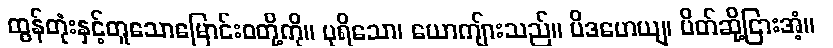
ထွန်တုံးနှင့်တူသောမြောင်းဝတို့ကို။ ပုရိသော၊ ယောကျ်ားသည်။ ပိဒဟေယျ၊ ပိတ်ဆို့ငြားအံ့။